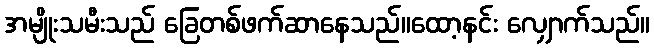
အမျိုးသမီးသည် ခြေတစ်ဖက်ဆာနေသည်။ထော့နင်း လျှောက်သည်။